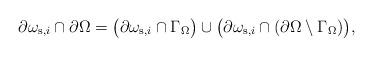
LaTeX: \begin{align*} \partial\omega_{{\rm s},i}\cap\partial\Omega =\big(\partial\omega_{{\rm s},i}\cap\Gamma_\Omega\big) \cup\big(\partial\omega_{{\rm s},i}\cap(\partial\Omega\setminus\Gamma_\Omega)\big), \end{align*}